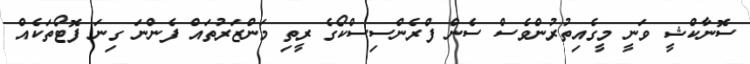
ސޮނާކްޝީ ވަނީ މީގެއިތުރުންވެސް ސެން ފްރެންސިސްކޯގެ ރީތި މަންޒަރުތައް ފެންނަ ގިނަ ފޮޓޯތަކެއް